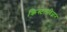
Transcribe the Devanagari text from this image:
क्रिस्टलविज्ञान